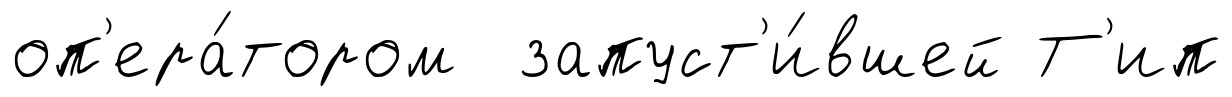
оп'ера́тором запуст'и́вшей Т'ип